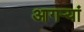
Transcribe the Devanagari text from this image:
आगऱ्यां